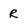
Character: R